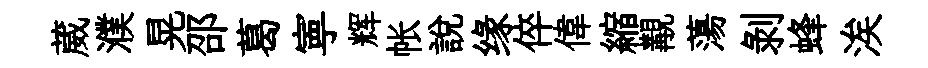
葳濮晃邵葛寕辉帐説缘倅偉縮覯蕩剥蜂涘